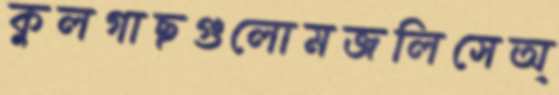
কুলগাছগুলোমজলিসেঅ্